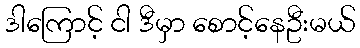
ဒါကြောင့် ငါ ဒီမှာ စောင့်နေဦးမယ်